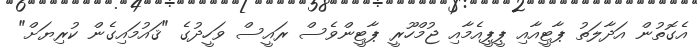
އެގޮތުން އަދާލަތު ޕާޓީއާއި ޕީޕީއެމާއި ޖުމްހޫރީ ޕާޓީންވެސް ރައީސް ވަހީދުގެ "ޤައުމައިގެން ކުރިޔަށް"